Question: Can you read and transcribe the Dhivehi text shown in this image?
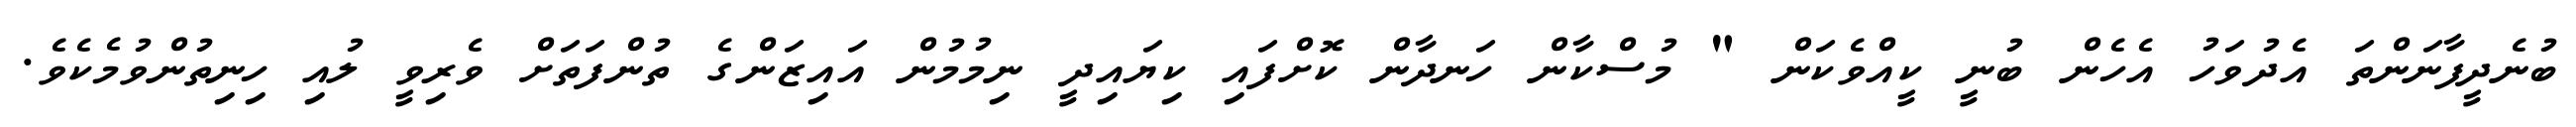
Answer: ބުނެދީފާނަންތަ އެދުވަހު އެހެން ބުނީ ކީއްވެކަން " މުސްކާން ހަނދާން ކޮށްފައި ކިޔައިދީ ނިމުމުން އައިޒަންގެ ތުންފަތަށް ވެރިވީ ލުއި ހިނިތުންވުމެކެވެ.